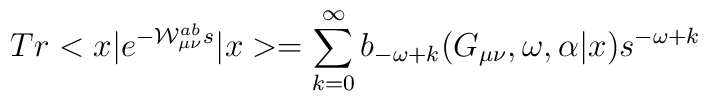
Tr<x|e^{-{\cal{W}}_{\mu \nu}^{ab}s}|x>=\sum_{k=0}^{\infty}b_{-\omega +k}(G_{\mu\nu},\omega,\alpha|x) s^{-\omega +k}